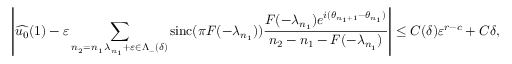
\left| \widehat { u _ { 0 } } ( 1 ) - \varepsilon \sum _ { \substack { n _ { 2 } = n _ { 1 } \, \lambda _ { n _ { 1 } } + \varepsilon \in \Lambda _ { - } ( \delta ) } } \operatorname { s i n c } ( \pi F ( - \lambda _ { n _ { 1 } } ) ) \frac { F ( - \lambda _ { n _ { 1 } } ) e ^ { i ( \theta _ { n _ { 1 } + 1 } - \theta _ { n _ { 1 } } ) } } { n _ { 2 } - n _ { 1 } - F ( - \lambda _ { n _ { 1 } } ) } \right| \leq C ( \delta ) \varepsilon ^ { r - c } + C \delta ,